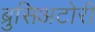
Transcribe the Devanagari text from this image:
ब्रुसिअटोरी